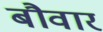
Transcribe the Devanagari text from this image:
बौवार